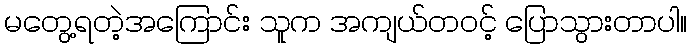
မတွေ့ရတဲ့အကြောင်း သူက အကျယ်တဝင့် ပြောသွားတာပါ။